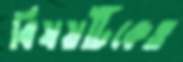
বিষয়টিকেও